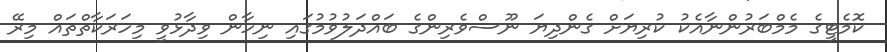
ކޮމެޓީގެ މެމްބަރުންނާއެކު ކުރިޔަށް ގެންދިޔަ ނޫސްވެރިންގެ ބައްދަލުވުމުގައި ނިހާން ވިދާޅުވީ މިހަރަކާތްތައް މިރޭ